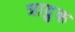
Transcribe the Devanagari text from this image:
त्राद्रुक